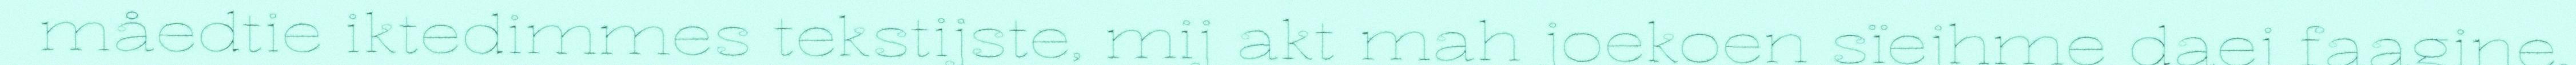
måedtie iktedimmes tekstijste, mij akt mah joekoen sïejhme daej faagine.